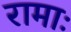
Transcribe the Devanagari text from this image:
रामाः